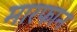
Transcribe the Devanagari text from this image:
मारफान